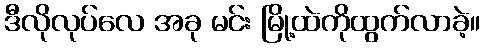
ဒီလိုလုပ်လေ အခု မင်း မြို့ထဲကိုထွက်လာခဲ့။